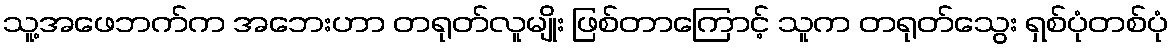
သူ့အဖေဘက်က အဘေးဟာ တရုတ်လူမျိုး ဖြစ်တာကြောင့် သူက တရုတ်သွေး ရှစ်ပုံတစ်ပုံ